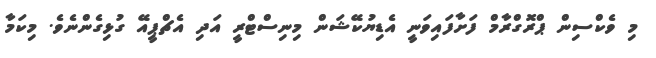
މި ވެކްސިން ޕްރޮގްރާމް ފަށާފައިވަނީ އެޑިޔުކޭޝަން މިނިސްޓްރީ އަދި އެޗްޕީއޭ ގުޅިގެންނެވެ. މިކަމާ